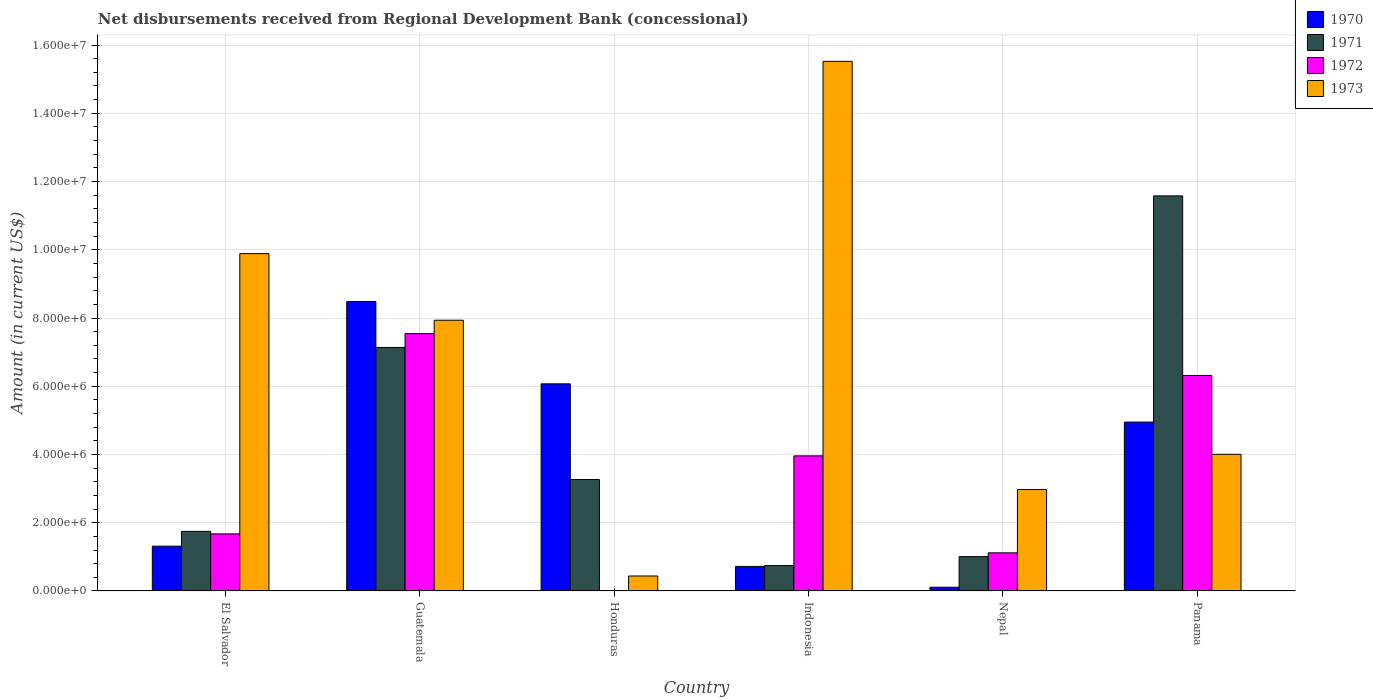
| Country | 1970 | 1971 | 1972 | 1973 |
 | --- | --- | --- | --- | --- |
 | El Salvador | 1.31e+06 | 1.75e+06 | 1.67e+06 | 9.89e+06 |
 | Guatemala | 8.48e+06 | 7.14e+06 | 7.54e+06 | 7.94e+06 |
 | Honduras | 6.07e+06 | 3.27e+06 | -8.6e+04 | 4.39e+05 |
 | Indonesia | 7.2e+05 | 7.45e+05 | 3.96e+06 | 1.55e+07 |
 | Nepal | 1.09e+05 | 1.01e+06 | 1.12e+06 | 2.97e+06 |
 | Panama | 4.95e+06 | 1.16e+07 | 6.32e+06 | 4.00e+06 |